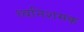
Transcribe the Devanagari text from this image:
ध्वनिशमक